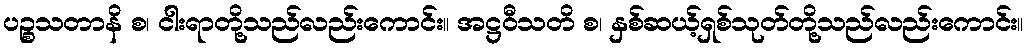
ပဉ္စသတာနိ စ၊ ငါးရာတို့သည်လည်းကောင်း။ အဋ္ဌဝီသတိ စ၊ နှစ်ဆယ့်ရှစ်သုတ်တို့သည်လည်းကောင်း။